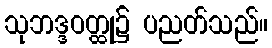
သုဘဒ္ဒဝတ္ထု၌ ပညတ်သည်။